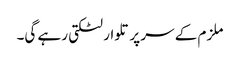
ملزم کے سر پر تلوار لٹکتی رہے گی۔